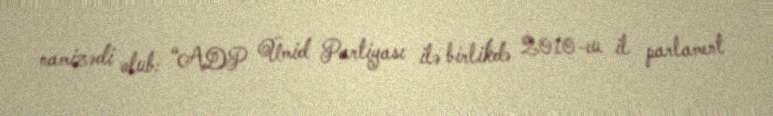
namizədi olub: “ADP Ümid Partiyası ilə birlikdə 2010-cu il parlament